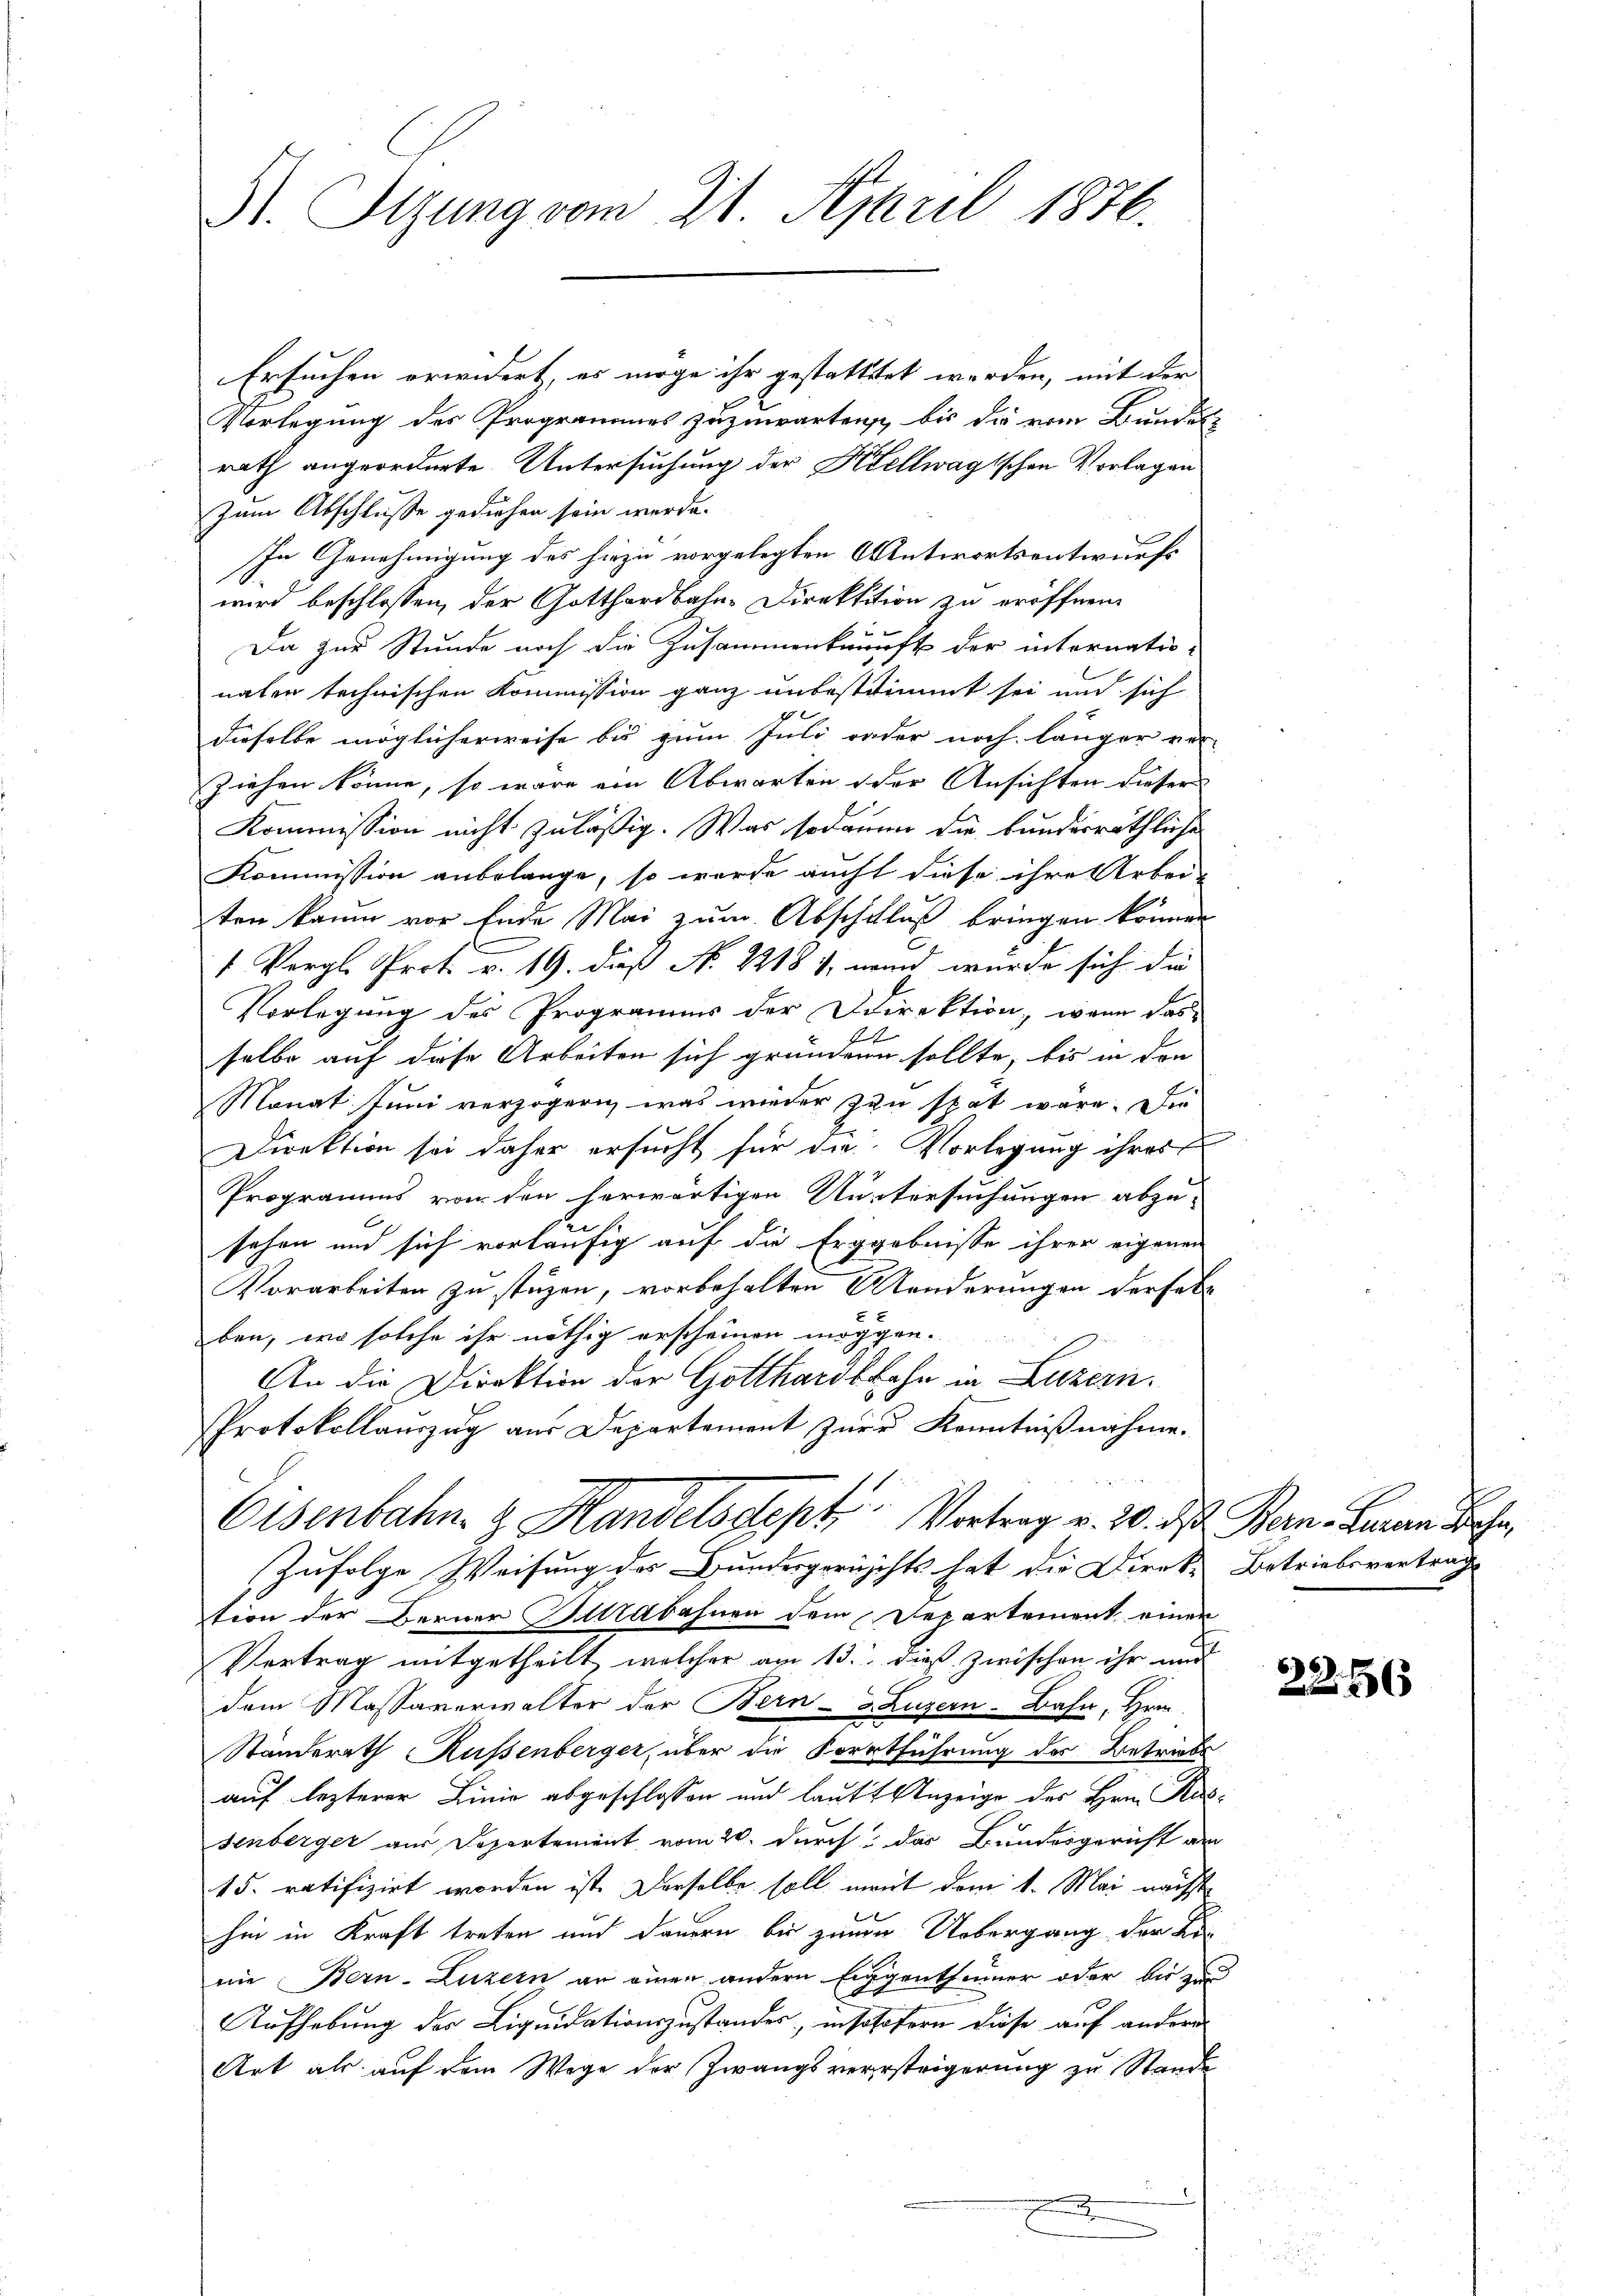
St. Sizung vom 21. April 1876.

Ersuchen erwidert, es möge ihr gestatttet werden, mit der
Vorlegung des Programmes zuzuwartens, bis die vom Bundes
rath angeordnete Untersuchung der Kellwagtschen Vorlagen
Zum Abschluße gediehen sein werde.
In Genehmigung des hiezu vorgelegten Antwortsentwurfs
wird beschlossen, der Gotthardbahn-Direktition zu eröffnen.
u
Da zur Stunde noch die Zusammenkauft der internatio-
naten technischen Kommission ganz unbestimmt sei und sich
dieselbe möglicherweise bis zum Juli reder noch länger ver-
ziehen könne, so wäre ein Abwarten der Ansichten dieser
Kommission nicht zuläßig. Was sodann die bunderräthliche
Kommission anbelange, so werde aucht diese ihre Arbei-
ten kaum vor Ende Mai zum Abschluß bringen können
1 Vergl. Prot. v. 19. dieß No. 22181, wird wurde sich die
Vorlegung des Programms der Direktion, wenn das
.
selbe auf diese Arbeiten sich gründenn sollte, bis in den
Monat Juni verzögern, was wieder zu spät wäre. Die
Direktion sei daher ersucht für die Vorlegung ihres
g
Programms von den herwärtigen Untersuchungen abzusehen und sich vorläufig auf die Erggebnisse ihrer eigenen
Vorarbeiten zu stüzen, vorbehalten Manderungen derselbe
ben, wo solche ihr nöthig erscheinen möggen.
Ein die Direktion der Gotthardbahn in Luzern.
Protokollanzug aus Departement zur Kenntnißnahme.
Osenbahn- & Handelsclopt Vortrag v. 20. ds Bern Garan Beha
Zufolge Weisung des Bundesgerichts hat die Direktion der Berner Stabahnen dem Departement einen
Vertrag mitgetheilt, welcher am 13. dieß zwischen ihr und
dem Massaverwalter der Bern- u Luzern-Bahn, Hrn.
Ständerath Küssenberger, über die Forrtführung des Betriebs
auf lezterer Linie abgeschlossen und lauft Anzeige des Hrn. Aussenberger aus Departement vom 20. durch das Bundesgericht an
15. ratifizirt worden ist. Derselbe soll mit dem 1. Mai nächst
hin in Kraft treten und dauern bis zum Uebergang der Lin
nie Bern-Luzern an einen andern Eiggenthümer oder bis zu
Aufhebung der Liquidationszustandes, insosofern diese auf andere
Art als auf dem Wege der Zwangsversteigerung zu Stande
d

Betriebsvertrag

8).
5